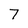
Character: 7